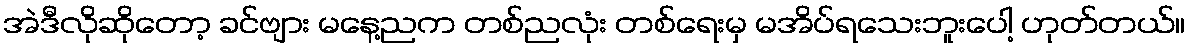
အဲဒီလိုဆိုတော့ ခင်ဗျား မနေ့ညက တစ်ညလုံး တစ်ရေးမှ မအိပ်ရသေးဘူးပေါ့ ဟုတ်တယ်။